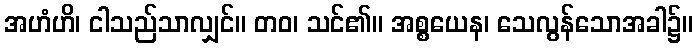
အဟံဟိ၊ ငါသည်သာလျှင်။ တဝ၊ သင်၏။ အစ္စယေန၊ သေလွန်သောအခါ၌။